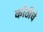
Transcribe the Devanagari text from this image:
कोठीचे